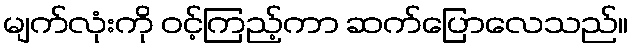
မျက်လုံးကို ဝင့်ကြည့်ကာ ဆက်ပြောလေသည်။